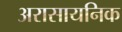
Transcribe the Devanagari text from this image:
अरासायनिक